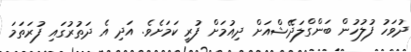
ދުވަހު ފުލުހުން ބަންގްލަދޭޝްއަށް ދިއުމަށް ފުރީ ކަމަށެވެ. އަދި އެ ދަތުރުގައި ފުރަތަމަ